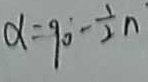
\alpha = 9 0 - \frac { 1 } { 2 } n